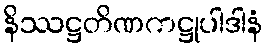
နိဿဋ္ဌတိဏကဋ္ဌုပါဒါနံ